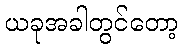
ယခုအခါတွင်တော့